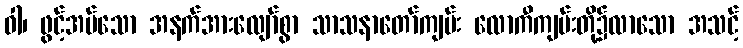
ဝါ၊ ဖွင့်အပ်သော အနက်အားလျော်စွာ သာသနာတော်ကျမ်း လောကီကျမ်းတို့၌လာသော အသင့်